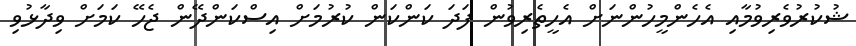
ޝުކުރުވެރިވުމާއި އެހެންމީހުންނަށް އެހީތެރިވުން ފަދަ ކަންކަން ކުރުމަށް އިސްކަންދޭން ޖެހޭ ކަމަށް ވިދާޅުވި